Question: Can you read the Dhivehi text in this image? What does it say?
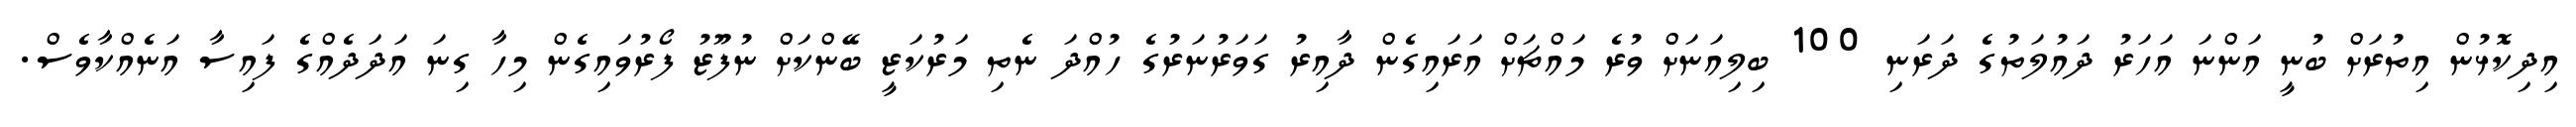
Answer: އިދިކޮޅުން އިތުރަށް ބުނީ އަންނަ އަހަރު ދައުލަތުގެ ދަރަނި 100 ބިލިއަނަށް ވުރެ މައްޗަށް އަރައިގެން ދާއިރު ގަވަރުނަރުގެ ހުއްދަ ނެތި މަރުކަޒީ ބޭންކަށް ނުފޫޒު ފޯރުވައިގެން މިހާ ގިނަ އަދަދެއްގެ ފައިސާ އަނެއްކާވެސް.